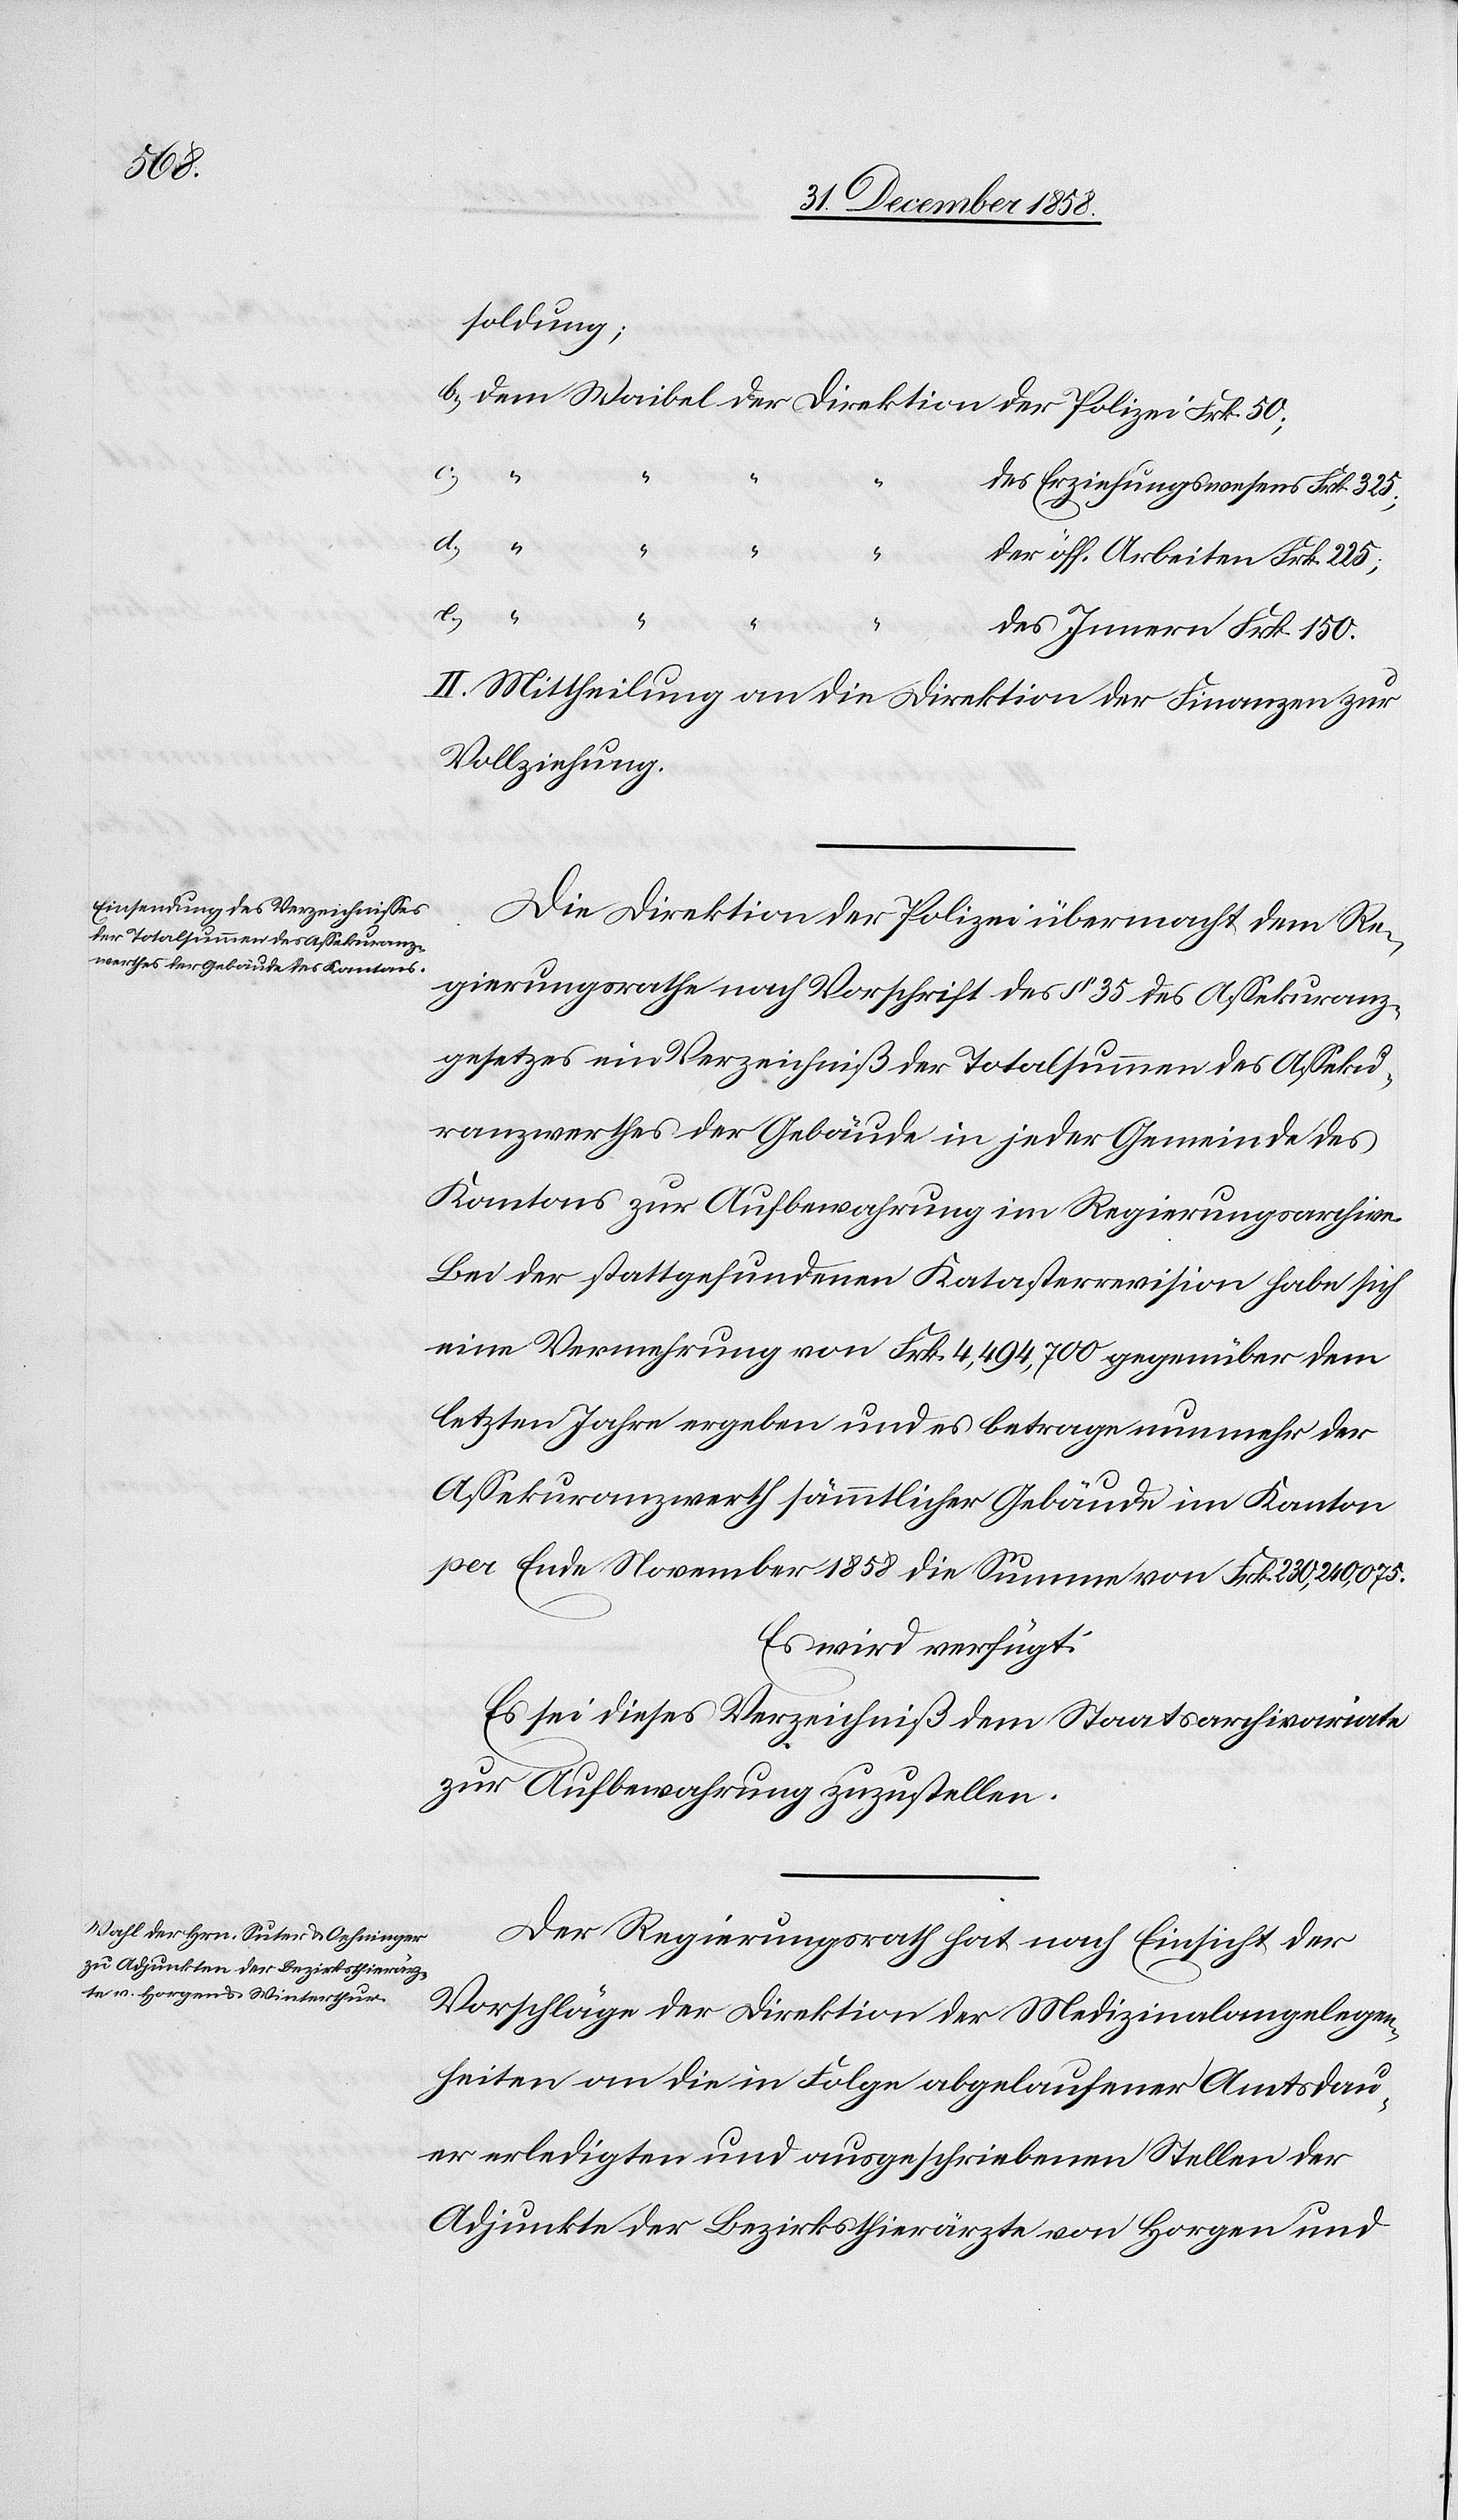
soldung;
dem Waibel der Direktion der Polizei Frk. 50;
“ “ “
“
des Erziehungswesens Frk. 325;
d.)
der öff. Arbeiten Frk. 225;
des Innern Frk. 150.
II. Mittheilung an die Direktion der Finanzen zur
Vollziehung.
Die Direktion der Polizei übermacht dem Re¬
gierungsrathe nach Vorschrift des § 35 des Assekuranz¬
gesetzes ein Verzeichniß der Totalsummen des Asseku¬
ranzwerthes der Gebäude in jeder Gemeinde des
Kantons zur Aufbewahrung im Regierungsarchive.
Bei der stattgefundenen Katasterrevision habe sich
eine Vermehrung von Frk. 4,494,700 gegenüber dem
letzten Jahre ergeben und es betrage nunmehr der
Assekuranzwerth sämmtlicher Gebäude im Kanton
per Ende November 1858 die Summe von Frk. 230,240,075.
Es wird verfügt:
Es sei dieses Verzeichniß dem Staatsarchivariate
zur Aufbewahrung zuzustellen.
Der Regierungsrath hat nach Einsicht der
Vorschläge der Direktion der Medizinalangelegen¬
heiten an die in Folge abgelaufener Amtsdau¬
er erledigten und ausgeschriebenen Stellen der
Adjunkte der Bezirksthierärzte von Horgen und